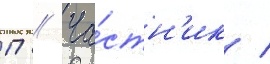
П // Ча́стн'ик /